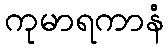
ကုမာရကာနံ